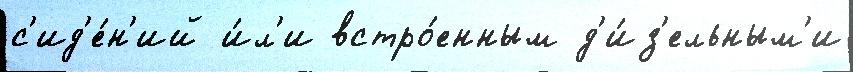
с'ид'е́н'ий и́л'и встро́енным д'и́з'ельным'и